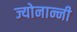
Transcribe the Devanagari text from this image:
ज्योनान्नी